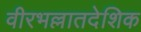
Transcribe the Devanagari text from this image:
वीरभल्लातदेशिक